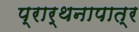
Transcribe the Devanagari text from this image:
प्रार्थनापात्र